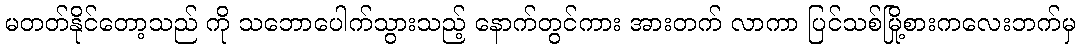
မတတ်နိုင်တော့သည် ကို သဘောပေါက်သွားသည့် နောက်တွင်ကား အားတက် လာကာ ပြင်သစ်မြို့စားကလေးဘက်မှ